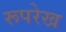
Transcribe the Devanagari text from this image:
रूपरेख